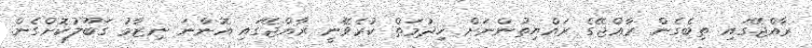
ރާއްޖޭގައި ތިބެގެން ރާއްޖޭގެ ރައްޔިތުންނަށް ޚިދުމަތް ކުރެވޭނީ ރާއްޖޭގައި އޮންނަ ނިޒާމު ގަބޫލުކޮށްގެން.